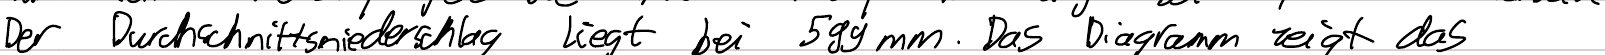
Der Durchschnittsniederschlag liegt bei 599mm. Das Diagramm zeigt das